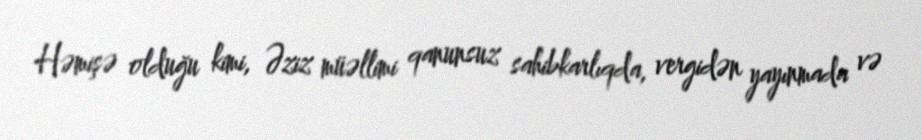
Həmişə olduğu kimi, Əziz müəllimi qanunsuz sahibkarlıqda, vergidən yayınmada və